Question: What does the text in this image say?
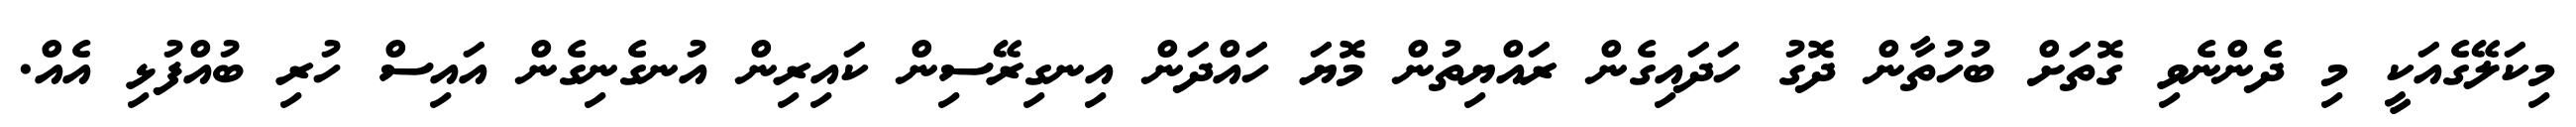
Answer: މިކަލޭގެއަކީ މި ދެންނެވި ގޮތަށް ބުހުތާން ދޮގު ހަދައިގެން ރައްޔިތުން މޮޔަ ހައްދަން އިނގިރޭސިން ކައިރިން އުނގެނިގެން އައިސް ހުރި ބުއްފުޅި އެއް.